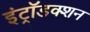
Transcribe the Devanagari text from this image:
इंट्रॉडक्शन